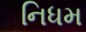
નિધમ